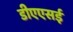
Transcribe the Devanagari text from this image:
डीएएसई